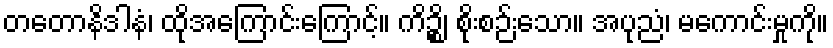
တတောနိဒါနံ၊ ထိုအကြောင်းကြောင့်။ ကိဉ္စိ၊ စိုးစဉ်းသော။ အပုညံ၊ မကောင်းမှုကို။